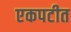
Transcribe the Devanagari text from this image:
एकपटीत